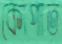
কোপাত